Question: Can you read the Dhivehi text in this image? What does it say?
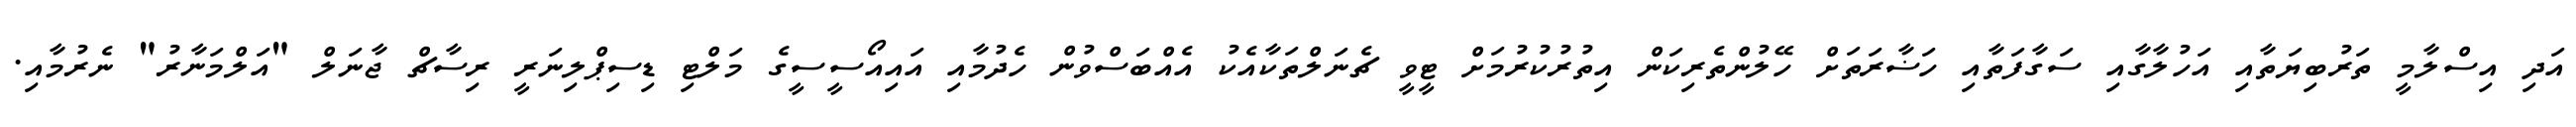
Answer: އަދި އިސްލާމީ ތަރުބިޔަތާއި އަހުލާގާއި ސަގާފަތާއި ހަޟާރަތަށް ހޭލުންތެރިކަން އިތުރުކުރުމަށް ޓީވީ ޗެނަލްތަކާއެކު އެއްބަސްވުން ހެދުމާއި އައިއޯސީސީގެ މަލްޓި ޑިސިޕްލިނަރީ ރިސާޗް ޖާނަލް "އަލްމަނާރު" ނެރުމާއި.